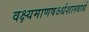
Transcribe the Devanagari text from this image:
वक्ष्यमाणषऽर्धशास्त्रार्थ